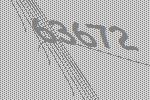
63672